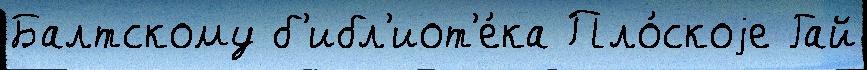
Балтскому б'ибл'иот'е́ка Пло́скоjе Гай